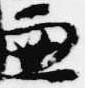
兼